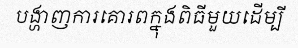
បង្ហាញការគោរពក្នុងពិធីមួយដើម្បី